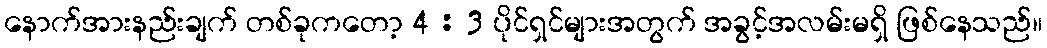
နောက်အားနည်းချက် တစ်ခုကတော့ 4 : 3 ပိုင်ရှင်များအတွက် အခွင့်အလမ်းမရှိ ဖြစ်နေသည်။